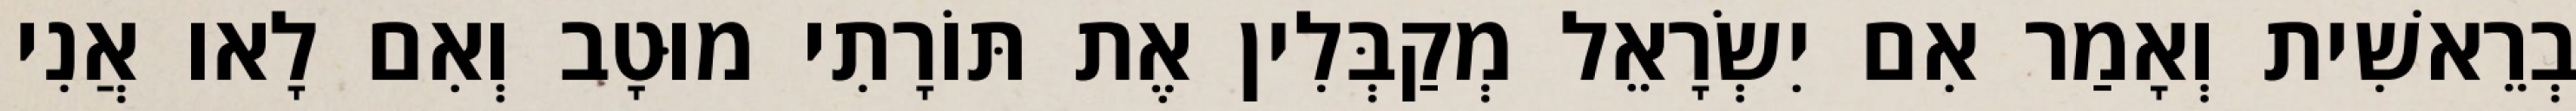
בְרֵאשִׁית וְאָמַר אִם יִשְׂרָאֵל מְקַבְּלִין אֶת תּוֹרָתִי מוּטָב וְאִם לָאו אֲנִי